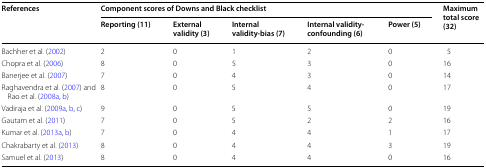
<table><thead><tr><td rowspan="2"><b>References</b></td><td colspan="5"><b>Component scores of Downs and Black checklist</b></td><td rowspan="2"><b>Maximum total score (32)</b></td></tr><tr><td><b>Reporting (11)</b></td><td><b>External validity (3)</b></td><td><b>Internal validity-bias (7)</b></td><td><b>Internal validity-confounding (6)</b></td><td><b>Power (5)</b></td></tr></thead><tbody><tr><td>Bachher et al. (2002)</td><td>2</td><td>0</td><td>1</td><td>2</td><td>0</td><td>5</td></tr><tr><td>Chopra et al. (2006)</td><td>8</td><td>0</td><td>5</td><td>3</td><td>0</td><td>16</td></tr><tr><td>Banerjee et al. (2007)</td><td>7</td><td>0</td><td>4</td><td>3</td><td>0</td><td>14</td></tr><tr><td>Raghavendra et al. (2007) and Rao et al. (2008a, b)</td><td>8</td><td>0</td><td>5</td><td>4</td><td>0</td><td>17</td></tr><tr><td>Vadiraja et al. (2009a, b, c)</td><td>9</td><td>0</td><td>5</td><td>5</td><td>0</td><td>19</td></tr><tr><td>Gautam et al. (2011)</td><td>7</td><td>0</td><td>5</td><td>2</td><td>2</td><td>16</td></tr><tr><td>Kumar et al. (2013a, b)</td><td>7</td><td>0</td><td>4</td><td>4</td><td>1</td><td>17</td></tr><tr><td>Chakrabarty et al. (2013)</td><td>8</td><td>0</td><td>4</td><td>4</td><td>3</td><td>19</td></tr><tr><td>Samuel et al. (2013)</td><td>8</td><td>0</td><td>4</td><td>4</td><td>0</td><td>16</td></tr></tbody></table>